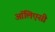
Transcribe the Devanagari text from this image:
ऑलिएसी